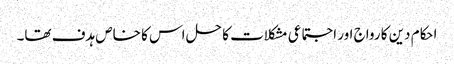
احکام دین کا رواج اور اجتماعی مشکلات کا حل اس کا خاص ہدف تھا۔